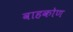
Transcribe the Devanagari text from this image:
वाहकोण